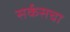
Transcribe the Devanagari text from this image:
सर्कसचा